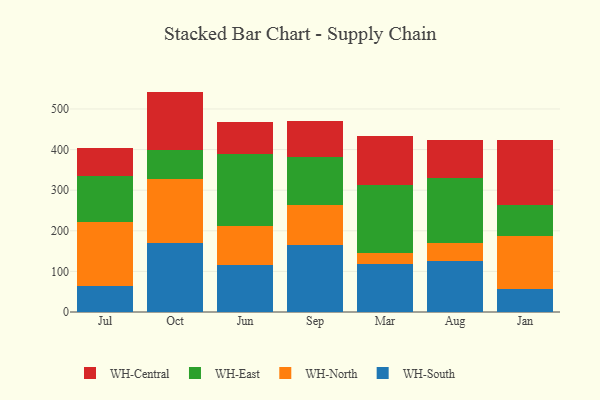
{"axis": {"x": "Month", "y": "Population (Million)"}, "legend": ["WH-Central", "WH-East", "WH-North", "WH-South"], "data": [{"x": "Jul", "y": 63.6, "type": "WH-South"}, {"x": "Jul", "y": 158.0, "type": "WH-North"}, {"x": "Jul", "y": 112.9, "type": "WH-East"}, {"x": "Jul", "y": 69.6, "type": "WH-Central"}, {"x": "Oct", "y": 168.8, "type": "WH-South"}, {"x": "Oct", "y": 159.7, "type": "WH-North"}, {"x": "Oct", "y": 70.1, "type": "WH-East"}, {"x": "Oct", "y": 144.2, "type": "WH-Central"}, {"x": "Jun", "y": 116.2, "type": "WH-South"}, {"x": "Jun", "y": 95.3, "type": "WH-North"}, {"x": "Jun", "y": 176.8, "type": "WH-East"}, {"x": "Jun", "y": 80.7, "type": "WH-Central"}, {"x": "Sep", "y": 165.9, "type": "WH-South"}, {"x": "Sep", "y": 97.4, "type": "WH-North"}, {"x": "Sep", "y": 119.0, "type": "WH-East"}, {"x": "Sep", "y": 88.1, "type": "WH-Central"}, {"x": "Mar", "y": 118.8, "type": "WH-South"}, {"x": "Mar", "y": 26.8, "type": "WH-North"}, {"x": "Mar", "y": 168.2, "type": "WH-East"}, {"x": "Mar", "y": 119.7, "type": "WH-Central"}, {"x": "Aug", "y": 125.9, "type": "WH-South"}, {"x": "Aug", "y": 43.2, "type": "WH-North"}, {"x": "Aug", "y": 161.5, "type": "WH-East"}, {"x": "Aug", "y": 92.9, "type": "WH-Central"}, {"x": "Jan", "y": 57.8, "type": "WH-South"}, {"x": "Jan", "y": 129.1, "type": "WH-North"}, {"x": "Jan", "y": 76.6, "type": "WH-East"}, {"x": "Jan", "y": 159.5, "type": "WH-Central"}]}